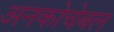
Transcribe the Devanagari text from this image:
अनकोचेबल